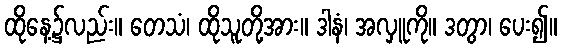
ထိုနေ့၌လည်း။ တေသံ၊ ထိုသူတို့အား။ ဒါနံ၊ အလှူကို။ ဒတွာ၊ ပေး၍။